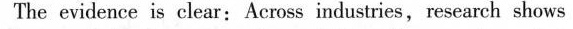
The evidence is clear: Across industries, research shows